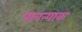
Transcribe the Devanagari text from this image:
पावन्याक